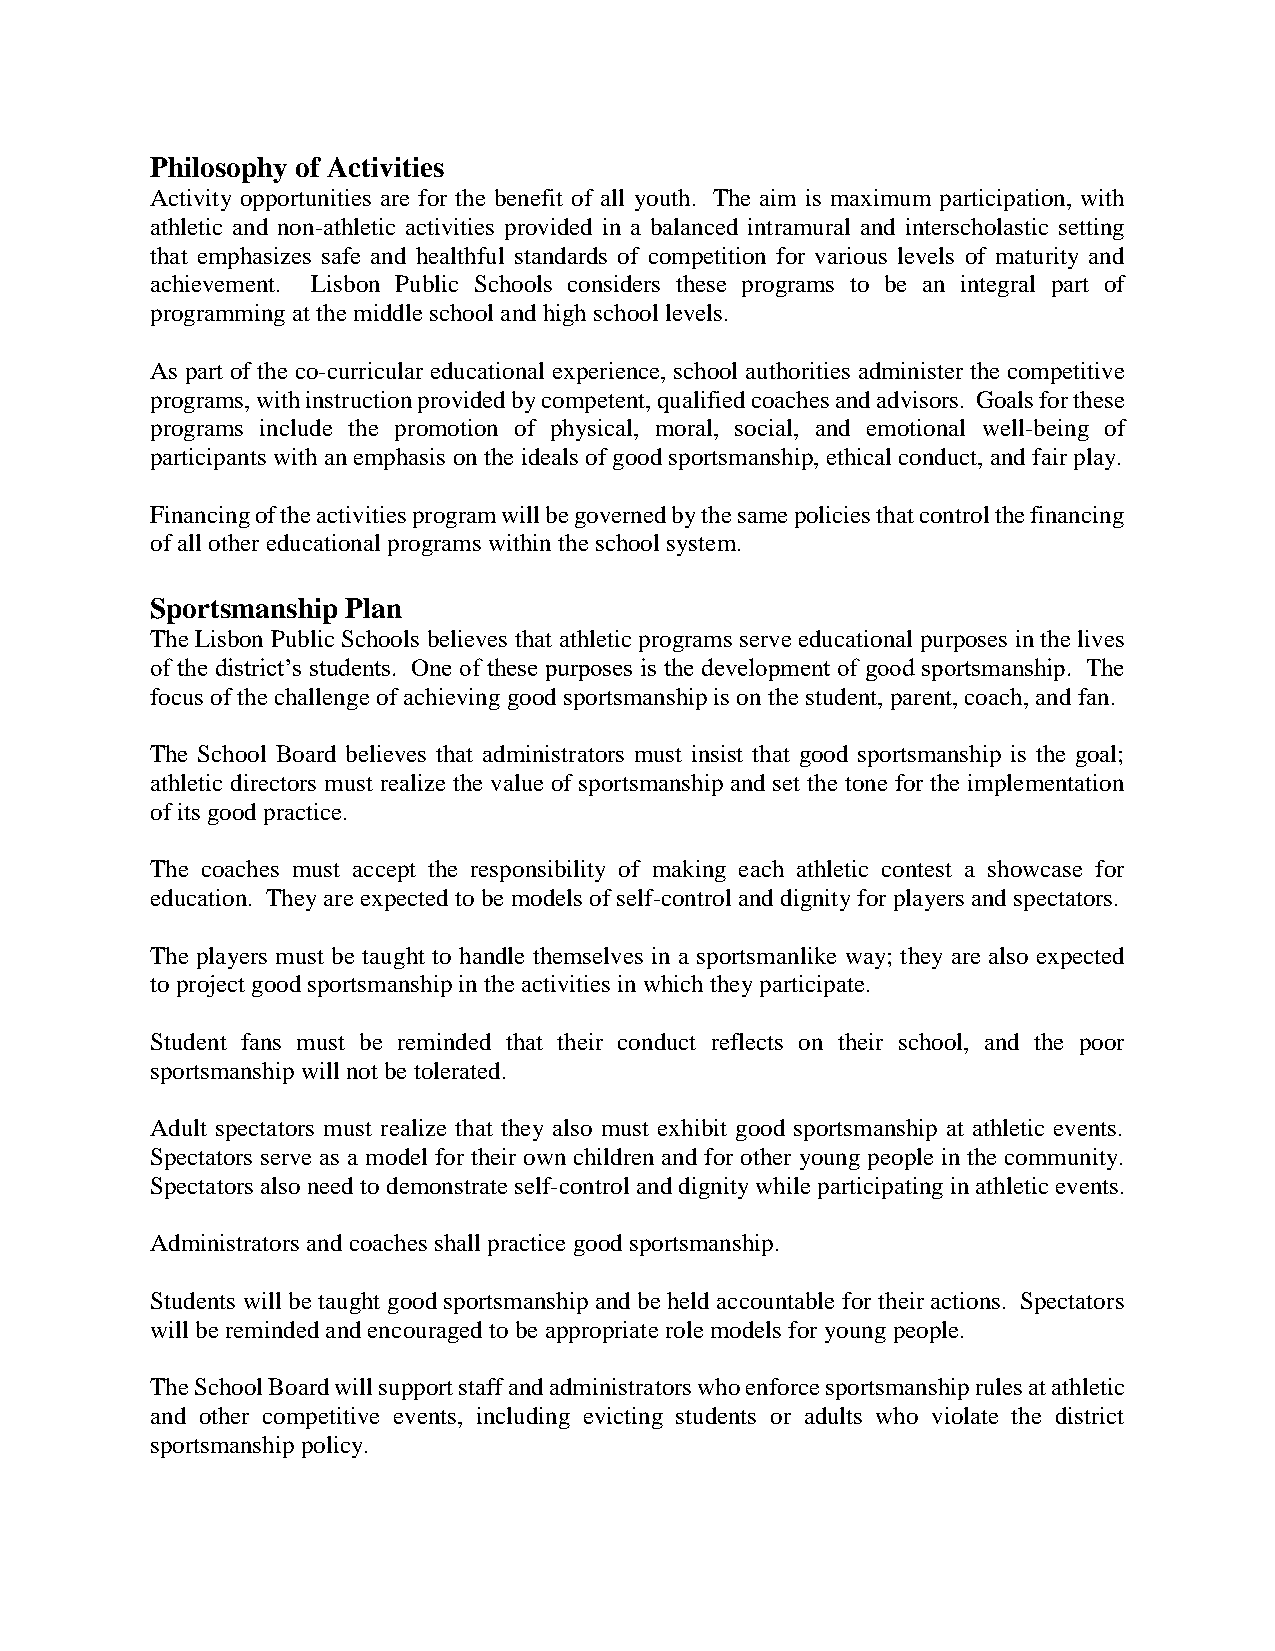
Philosophy of Activities
 Activity opportunities are for the benefit of all youth. The aim is maximum participation, with
 athletic and non-athletic activities provided in a balanced intramural and interscholastic setting
 that emphasizes safe and healthful standards of competition for various levels of maturity and
 achievement. Lisbon Public Schools considers these programs to be an integral part of
 programming at the middle school and high school levels.
 As part of the co-curricular educational experience, school authorities administer the competitive
 programs, with instruction provided by competent, qualified coaches and advisors. Goals for these
 programs include the promotion of physical, moral, social, and emotional well-being of
 participants with an emphasis on the ideals of good sportsmanship, ethical conduct, and fair play.
 Financing of the activities program will be governed by the same policies that control the financing
 of all other educational programs within the school system.
 Sportsmanship Plan
 The Lisbon Public Schools believes that athletic programs serve educational purposes in the lives
 of the district’s students. One of these purposes is the development of good sportsmanship. The
 focus of the challenge of achieving good sportsmanship is on the student, parent, coach, and fan.
 The School Board believes that administrators must insist that good sportsmanship is the goal;
 athletic directors must realize the value of sportsmanship and set the tone for the implementation
 of its good practice.
 The coaches must accept the responsibility of making each athletic contest a showcase for
 education. They are expected to be models of self-control and dignity for players and spectators.
 The players must be taught to handle themselves in a sportsmanlike way; they are also expected
 to project good sportsmanship in the activities in which they participate.
 Student fans must be reminded that their conduct reflects on their school, and the poor
 sportsmanship will not be tolerated.
 Adult spectators must realize that they also must exhibit good sportsmanship at athletic events.
 Spectators serve as a model for their own children and for other young people in the community.
 Spectators also need to demonstrate self-control and dignity while participating in athletic events.
 Administrators and coaches shall practice good sportsmanship.
 Students will be taught good sportsmanship and be held accountable for their actions. Spectators
 will be reminded and encouraged to be appropriate role models for young people.
 The School Board will support staff and administrators who enforce sportsmanship rules at athletic
 and other competitive events, including evicting students or adults who violate the district
 sportsmanship policy.